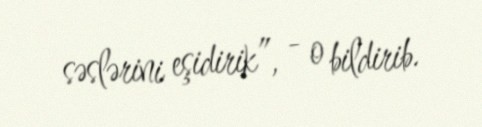
səslərini eşidirik”, - o bildirib.